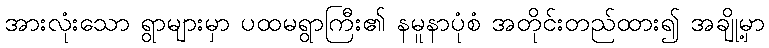
အားလုံးသော ရွာများမှာ ပထမရွာကြီး၏ နမူနာပုံစံ အတိုင်းတည်ထား၍ အချို့မှာ